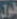
قول